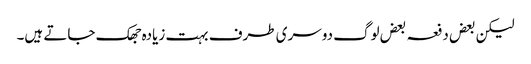
لیکن بعض دفعہ بعض لوگ دوسری طرف بہت زیادہ جھک جاتے ہیں۔